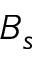
B _ { s }